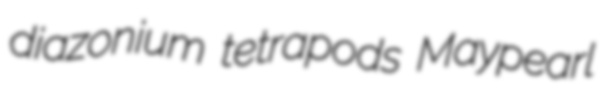
diazonium tetrapods Maypearl